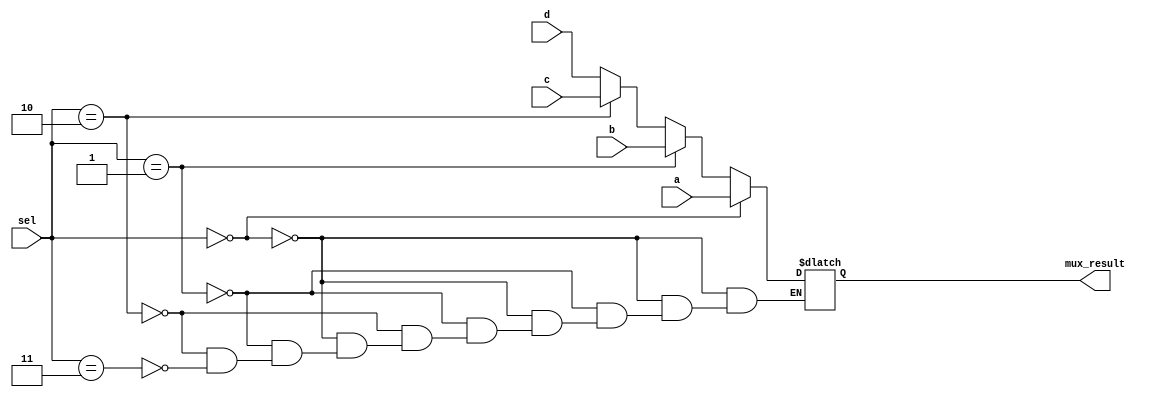
`timescale 1ns / 1ps
//////////////////////////////////////////////////////////////////////////////////
// Company: 
// Engineer: 
// 
// Design Name: 
// Module Name: Four_MUX
// Project Name: 
// Target Devices: 
// Tool Versions: 
// Description: 
// 
// Dependencies: 
// 
// Revision:
// Revision 0.01 - File Created
// Additional Comments:
// 
//////////////////////////////////////////////////////////////////////////////////


module Four_MUX(
    input [63:0] a, b, c, d, 
    input [1:0] sel, 
    output reg [63:0] mux_result
    );
    
    always @(*)
        begin
          if (sel==2'b00)
            mux_result=a;
          else if (sel ==2'b01)
            mux_result=b;
            else if (sel==2'b10)
              mux_result=c;
          else if (sel==2'b11)
            mux_result=d;    
    end 
    
endmodule